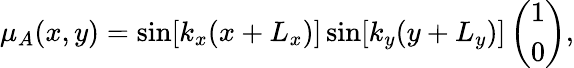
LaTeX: \mu_{A}(x,y)=\sin[k_{x}(x+L_{x})]\sin[k_{y}(y+L_{y})]\left(\begin{array}{c}{1}\\ {0}\end{array}\right),